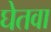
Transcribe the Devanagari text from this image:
घेतवा